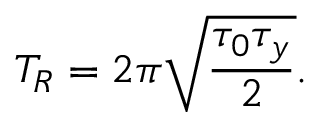
T _ { R } = 2 \pi \sqrt { \frac { \tau _ { 0 } \tau _ { y } } { 2 } } .